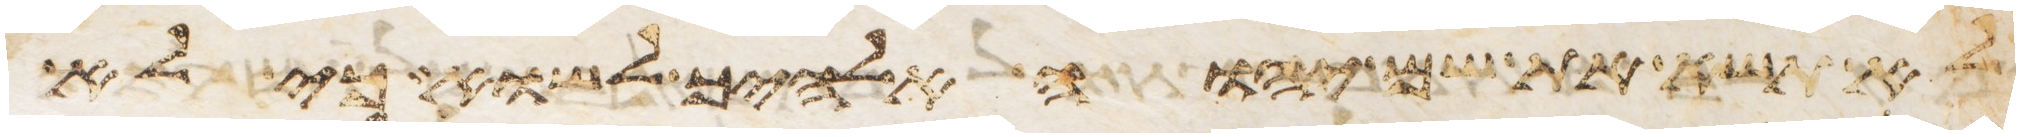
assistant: לא תשא את שם יהוה אלהיך לשוא כי לא